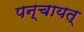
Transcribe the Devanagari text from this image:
पन्चायत्